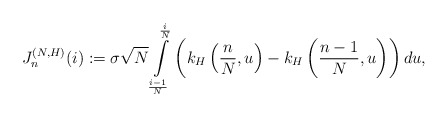
\begin{align*} J_n^{(N,H)}(i):=\sigma\sqrt{N}\int\limits_{\frac{i-1}{N}}^{\frac{i}{N}}\left(k_H\left(\frac{n}{N},u\right)-k_H\left(\frac{n-1}{N},u\right)\right)du, \end{align*}